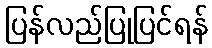
ပြန်လည်ပြုပြင်ရန်